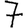
Digit: 7